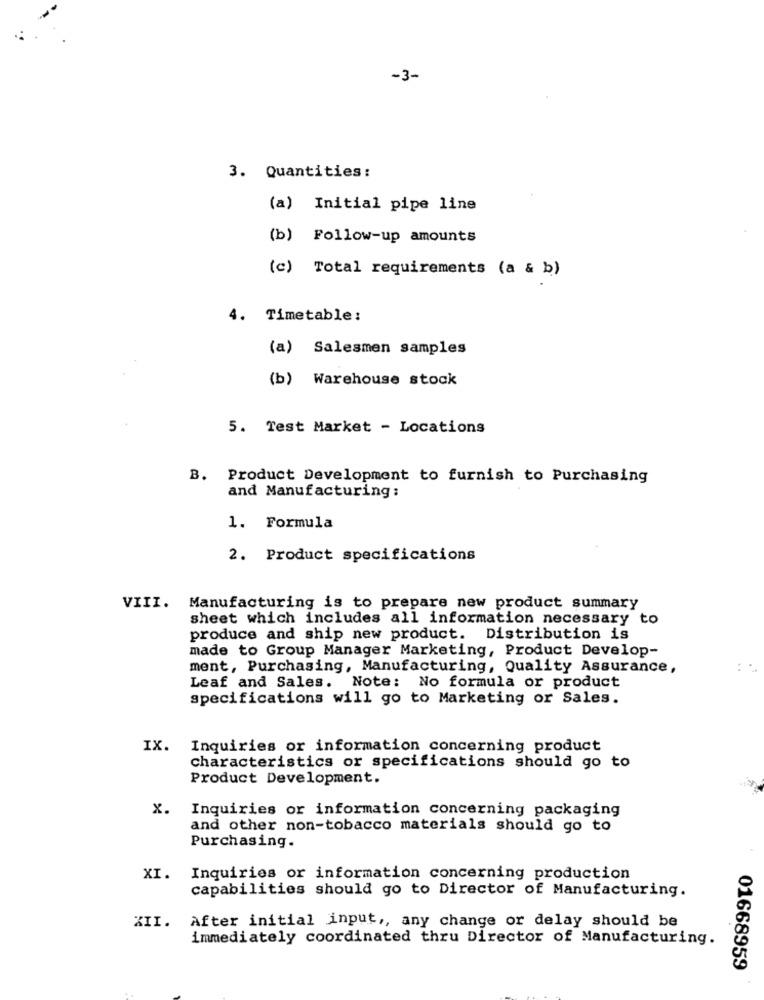
-3-
3. Quantities:
(a) Initial pipe line
(b) Follow-up amounts
(c) Total requirements (a & b)
4. Timetable:
(a) Salesmen samples
(b) Warehouse stock
5. Test Market - Locations
B. Product Development to furnish to Purchasing
and Manufacturing:
1. Formula
2. Product specifications
VIII. Manufacturing is to prepare new product summary
sheet which includes all information necessary to
produce and ship new product. Distribution is
made to Group Manager Marketing, Product Develop-
ment, Purchasing, Manufacturing, Quality Assurance,
Leaf and Sales. Note: No formula or product
specifications will go to Marketing or Sales.
IX. Inquiries or information concerning product
characteristics or specifications should go to
Product Development.
x.
Inquiries or information concerning packaging
and other non-tobacco materials should go to
Purchasing.
XI.
Inquiries or information concerning production
capabilities should go to Director of Manufacturing.
XII.
After initial input ,, any change or delay should be
immediately coordinated thru Director of Manufacturing.
01668959